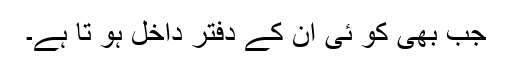
جب بھی کو ئی ان کے دفتر داخل ہو تا ہے۔